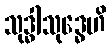
သုဒ္ဓါသုဒ္ဓေဟိ